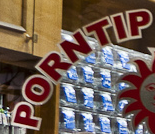
PORNTIP